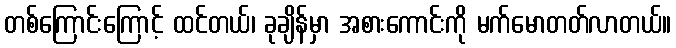
တစ်ကြောင်းကြောင့် ထင်တယ်၊ ခုချိန်မှာ အစားကောင်းကို မက်မောတတ်လာတယ်။